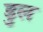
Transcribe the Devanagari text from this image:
डुल